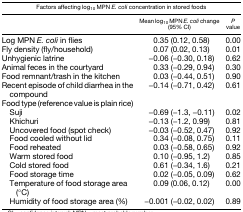
| <COLSPAN=3> Factors affecting log10 MPN E. coli concentration in stored foods |
 |  | Mean log10 MPN E. coli change (95% CI) | P value |
 | --- | --- | --- |
 | Log MPN E. coli in flies | 0.35 (0.12, 0.58) | 0.00 |
 | Fly density (fly/household) | 0.07 (0.02, 0.13) | 0.01 |
 | Unhygienic latrine | −0.06 (−0.30, 0.18) | 0.62 |
 | Animal feces in the courtyard | 0.33 (−0.29, 0.94) | 0.30 |
 | Food remnant/trash in the kitchen | 0.03 (−0.44, 0.51) | 0.90 |
 | Recent episode of child diarrhea in the compound | −0.14 (−0.71, 0.42) | 0.61 |
 | Food type (reference value is plain rice) |  |  |
 | Suji | −0.69 (−1.3, −0.11) | 0.02 |
 | Khichuri | −0.13 (−1.2, 0.99) | 0.81 |
 | Uncovered food (spot check) | −0.03 (−0.52, 0.47) | 0.92 |
 | Food cooled without lid | 0.34 (−0.08, 0.75) | 0.11 |
 | Food reheated | 0.03 (−0.58, 0.65) | 0.92 |
 | Warm stored food | 0.10 (−0.95, 1.2) | 0.85 |
 | Cold stored food | 0.61 (−0.34, 1.6) | 0.21 |
 | Food storage time | 0.02 (−0.05, 0.09) | 0.62 |
 | Temperature of food storage area (°C) | 0.09 (0.06, 0.12) | 0.00 |
 | Humidity of food storage area (%) | −0.001 (−0.02, 0.02) | 0.89 |